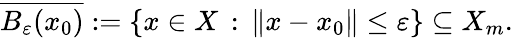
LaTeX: {\overline{{B_{\varepsilon}(x_{0})}}}:=\{ x\in X\, :\, \| x-x_{0}\| \leq\varepsilon\} \subseteq X_{m}.